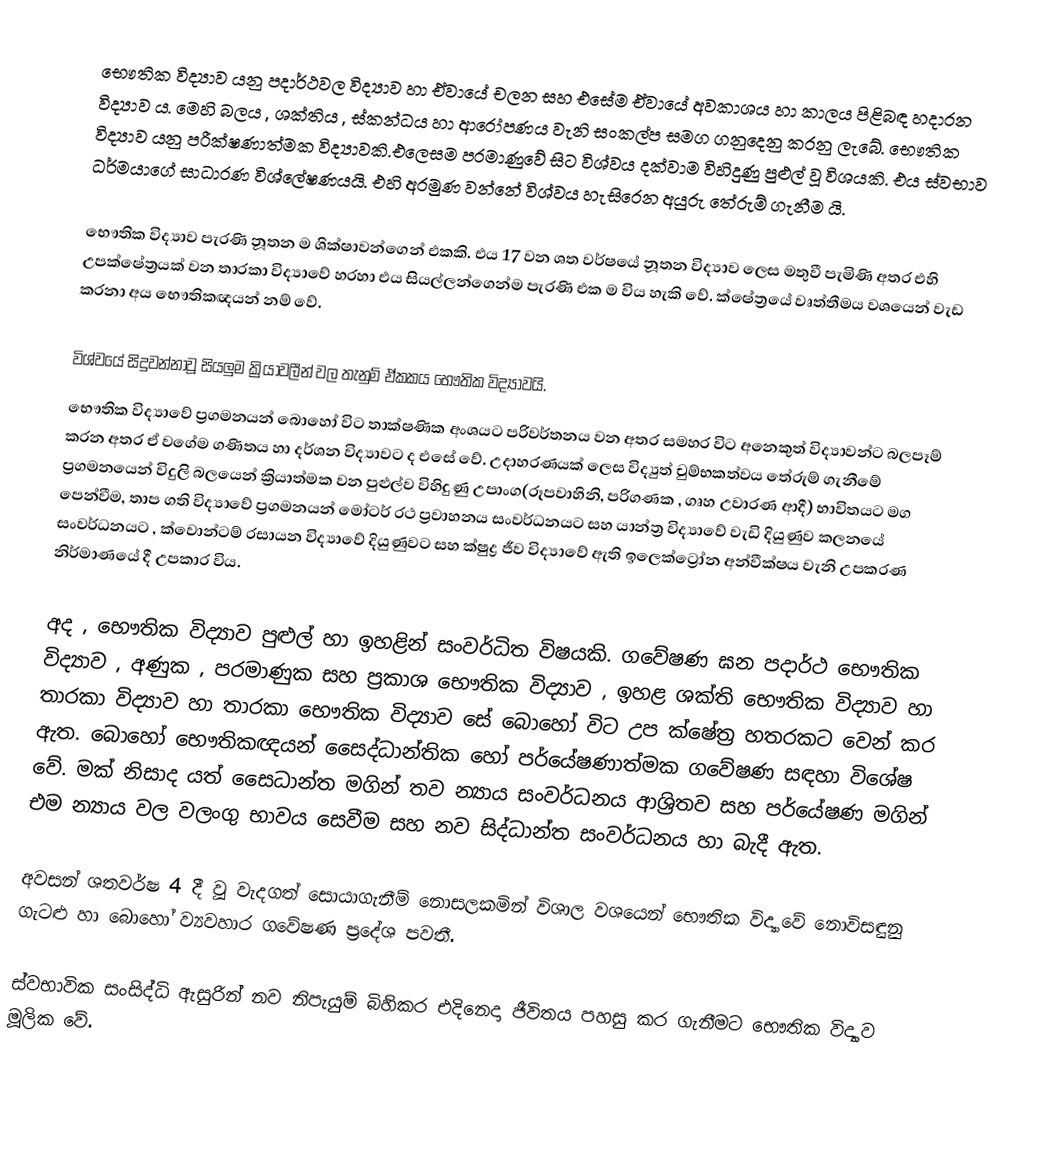
භෞතික විද්‍යාව යනු පදාර්ථවල විද්‍යාව හා ඒවායේ චලන සහ එසේම ඒවායේ අවකාශය හා කාලය පිළිබඳ හදාරන  විද්‍යාව ය. මෙහි බලය , ශක්තිය , ස්කන්ධය හා ආරෝපණය වැනි සංකල්ප සමග ගනුදෙනු කරනු ලැබේ. භෞතික විද්‍යාව යනු පරීක්ෂණාත්මක විද්‍යාවකි.එලෙසම පරමාණුවේ සිට විශ්වය දක්වාම විහිදුණු පුළුල් වූ විශයකි. එය ස්වභාව ධර්මයාගේ සාධාරණ  විශ්ලේෂණයයි. එහි අරමුණ වන්නේ විශ්වය හැසිරෙන අයුරු තේරුම් ගැනීම යි.

භෞතික විද්‍යාව පැරණි නූතන ම ශික්ෂාවන්ගෙන් එකකි. එය 17 වන ශත වර්ෂයේ නූතන විද්‍යාව ලෙස මතුවී පැමිණි අතර එහි උපක්ෂේත්‍රයක් වන  තාරකා විද්‍යාවේ හරහා එය සියල්ලන්ගෙන්ම පැරණි එක ම විය හැකි  වේ. ක්ෂේත්‍රයේ වෘත්තීමය වශයෙන් වැඩ කරනා අය භෞතිකඥයන් නම් වේ.

විශ්වයේ සිදුවන්නාවූ සියලුම ක්‍රියාවලීන් වල තැනුම් ඒකකය භෞතික විද්‍යාවයි.
භෞතික විද්‍යාවේ ප්‍රගමනයන් බොහෝ විට තාක්ෂණික අංශයට පරිවර්තනය වන අතර සමහර විට අනෙකුත්  විද්‍යාවන්ට බලපෑම් කරන අතර ඒ වගේම ගණිතය හා දර්ශන විද්‍යාවට ද එසේ වේ. උදාහරණයක් ලෙස විද්‍යුත් චුම්භකත්වය තේරුම් ගැනීමේ ප්‍රගමනයෙන් විදුලි බලයෙන් ක්‍රියාත්මක වන පුළුල්ව විහිදුණු උපාංග(රූපවාහිනි, පරිගණක , ගෘහ උවාරණ ආදී) භාවිතයට මග පෙන්වීම, තාප ගති විද්‍යාවේ ප්‍රගමනයන් මෝටර් රථ ප්‍රවාහනය සංවර්ධනයට සහ යාන්ත්‍ර විද්‍යාවේ වැඩි දියුණුව කලනයේ සංවර්ධනයට , ක්වොන්ටම් රසායන විද්‍යාවේ දියුණුවට සහ ක්ෂුද්‍ර ජීව විද්‍යාවේ ඇති ඉලෙක්ට්‍රෝන අන්වීක්ෂය වැනි උපකරණ නිර්මාණයේ දී උපකාර විය.

අද , භෞතික විද්‍යාව පුළුල් හා ඉහළින් සංවර්ධිත විෂයකි. ගවේෂණ ඝන පදාර්ථ භෞතික විද්‍යාව , අණුක , පරමාණුක සහ ප්‍රකාශ භෞතික විද්‍යාව , ඉහළ ශක්ති භෞතික විද්‍යාව හා තාරකා විද්‍යාව හා තාරකා භෞතික විද්‍යාව සේ ‍බොහෝ විට උප ක්ෂේත්‍ර හතරකට වෙන් කර ඇත. බොහෝ භෞතිකඥයන් සෛද්ධාන්තික හෝ පර්යේෂණාත්මක ගවේෂණ සඳහා විශේෂ වේ. මක් නිසාද යත් සෛධාන්ත මගින් තව න්‍යාය සංවර්ධනය ආශ්‍රිතව සහ පර්යේෂණ මගින් එම න්‍යාය වල වලංගු භාවය සෙවීම සහ නව සිද්ධාන්ත සංවර්ධනය හා බැදී ඇත.

අවසන් ශතවර්ෂ 4 දී වූ වැදගත් සොයාගැනීම් නොසලකමින් විශාල වශයෙන් භෞතික විද්‍යාවේ නොවිසඳුනු ගැටළු හා බොහෝ ව්‍යවහාර ගවේෂණ ප්‍රදේශ පවතී.

ස්වභාවික සංසිද්ධි ඇසුරින් නව නිපැයුම් බිහිකර එදිනෙදා ජීවිතය පහසු කර ගැනීමට භෞතික විද්‍යාව මූලික වේ.